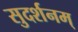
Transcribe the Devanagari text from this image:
सुदर्शनम्